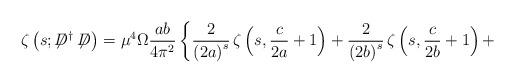
LaTeX: \begin{align*}\zeta\left(s;\not\!\!D^{\dag}\not\!\!D\right)={\mu}^4 \Omega\frac{ab}{4{\pi}^2}\left\{\frac{2}{\left(2a\right)^s}\,\zeta\left(s,\frac{c}{2a}+1\right)+\frac{2}{\left(2b\right)^s}\,\zeta\left(s,\frac{c}{2b}+1\right)+\right.\end{align*}